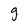
Character: g